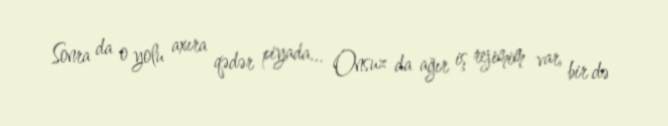
Sonra da o yolu axıra qədər piyada... Onsuz da ağır iş rejimim var, bir də